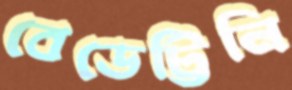
বেডেট্টিনি